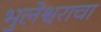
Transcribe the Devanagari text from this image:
भुलेश्वराचा